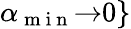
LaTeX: \alpha_{\mathrm{~m~i~n~}}{\rightarrow}0\}